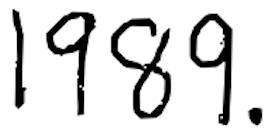
Text: 1989.
Cross-out: clean
Writing tool: digital_black